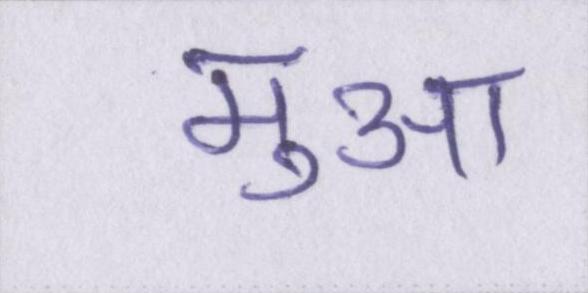
मुआ